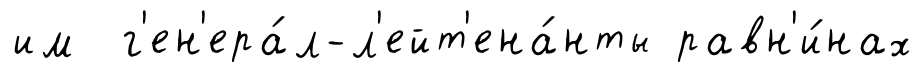
им г'ен'ера́л-л'ейт'ена́нты равн'и́нах